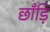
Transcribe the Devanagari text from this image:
छाँड़ि